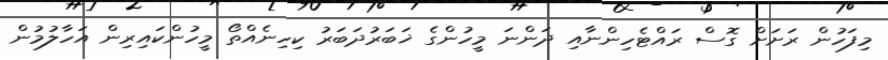
މިފަހުން ރަށަށް ގޮސް ރައްޓެހިންނާއި ދަންނަ މީހުންގެ ޚަބަރުދަބަރު ކިހިނެއްތޯ މީހުންކައިރިން އަހާލުމުން